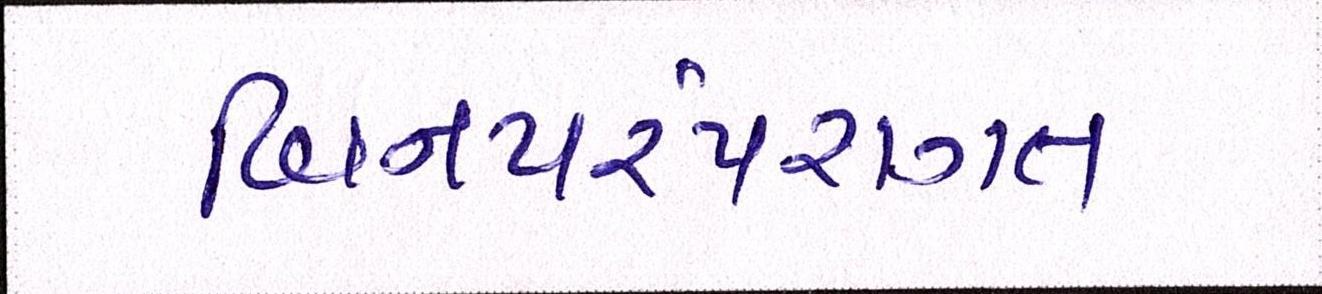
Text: બિનપરંપરાગત